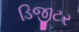
ડિજીટર